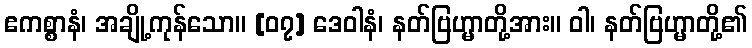
ဧကစ္စာနံ၊ အချို့ကုန်သော။ [၀၇] ဒေဝါနံ၊ နတ်ဗြဟ္မာတို့အား။ ဝါ၊ နတ်ဗြဟ္မာတို့၏